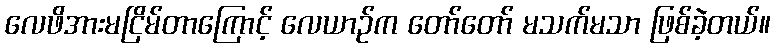
လေဖိအားမငြိမ်တာကြောင့် လေယာဉ်က တော်တော် မသက်မသာ ဖြစ်ခဲ့တယ်။